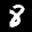
Label: 8